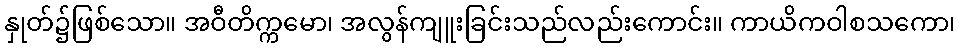
နှုတ်၌ဖြစ်သော။ အဝီတိက္ကမော၊ အလွန်ကျူးခြင်းသည်လည်းကောင်း။ ကာယိကဝါစသကော၊